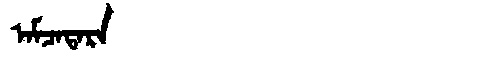
Manchu: ᠠᠮᠴᠠᡨᠠᡵᠠ
Romanization: AMCATARA